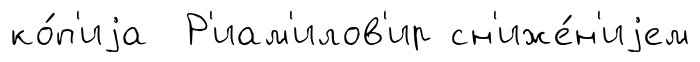
ко́п'иjа Р'иам'илов'ир сн'иже́н'иjем